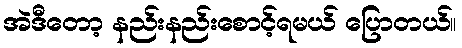
အဲဒီတော့ နည်းနည်းစောင့်ရမယ် ပြောတယ်။